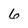
Character: 6